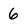
Character: 6